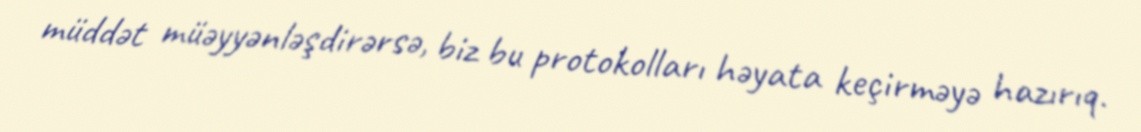
müddət müəyyənləşdirərsə, biz bu protokolları həyata keçirməyə hazırıq.